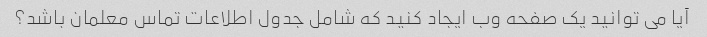
آیا می توانید یک صفحه وب ایجاد کنید که شامل جدول اطلاعات تماس معلمان باشد؟